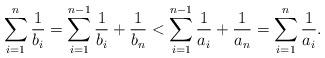
LaTeX: \begin{align*}\sum_{i=1}^{n} \frac{1}{b_i} = \sum_{i=1}^{n-1} \frac{1}{b_i} + \frac{1}{b_n} < \sum_{i=1}^{n-1} \frac{1}{a_i} + \frac{1}{a_n} = \sum_{i=1}^{n} \frac{1}{a_i}.\end{align*}